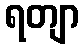
ရတျာ